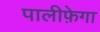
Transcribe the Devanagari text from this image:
पालीफ़ेगा